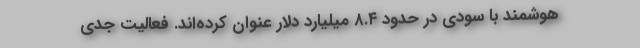
هوشمند با سودی در حدود ۸.۴ میلیارد دلار عنوان کرده‌اند. فعالیت جدی